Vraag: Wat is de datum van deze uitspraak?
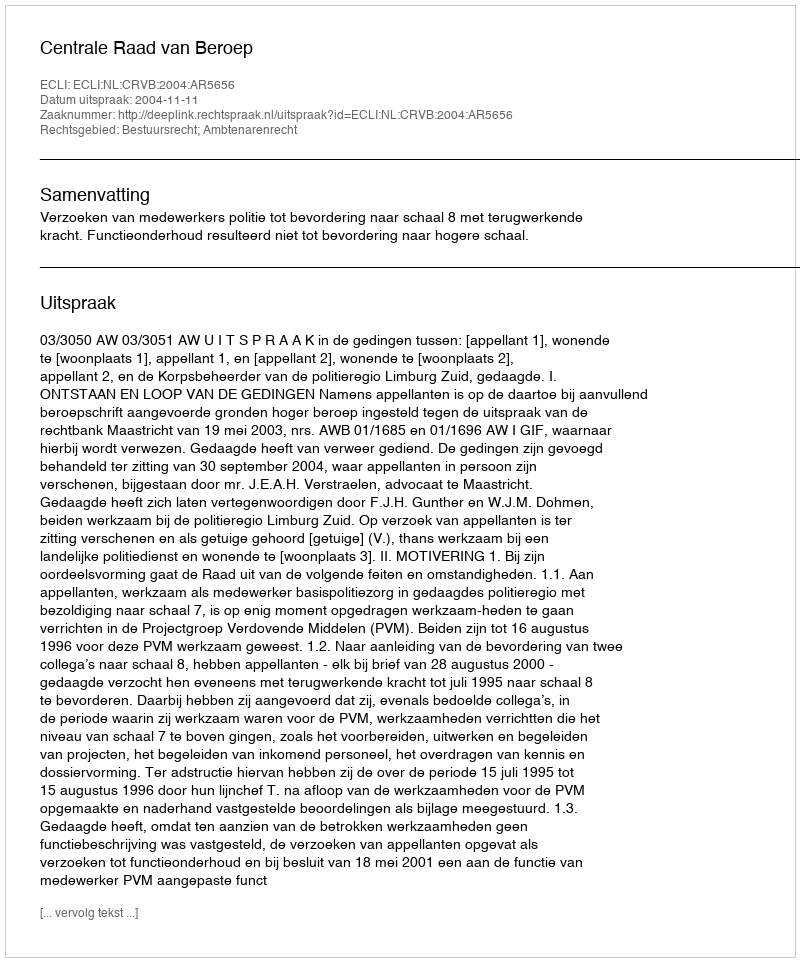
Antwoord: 2004-11-11